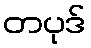
တပုဒ်